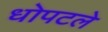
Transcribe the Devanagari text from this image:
धोपटले